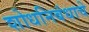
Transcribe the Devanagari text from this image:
शोधनिबंधाचे